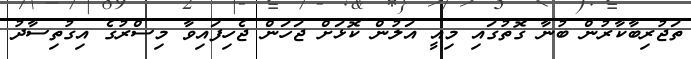
ތަޖުރިބާކާރުން ބުނާ ގޮތުގައި މިއީ އަލުން ކޮޅަށް ޖަހަން ޖެހިފައިވާ މިސްރުގެ އިގުތިސާދު